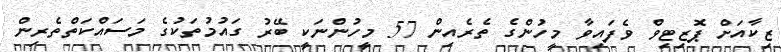
ޒިކާއަށް ޕޮޒިޓިވް ވެފައިވާ މީހުންގެ ތެރެއިން 57 މީހުންނަކީ ބޭރު ގައުމުތަކުގެ މަސައްކަތްތެރިން